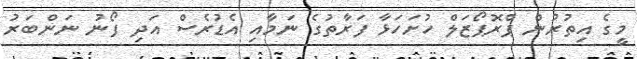
މީގެ އިތުރުން ޕްރޮޕޯޒަލް ހުށަހަޅާ ފަރާތުގެ ނަމާއި އެޑުރެސް އަދި ފޯނު ނަންބަރު